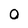
Character: 0